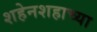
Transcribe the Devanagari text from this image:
शहेनशहाच्या